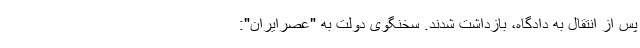
پس از انتقال به دادگاه، بازداشت شدند. سخنگوی دولت به "عصرایران":